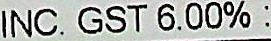
INC. GST 6.00% :